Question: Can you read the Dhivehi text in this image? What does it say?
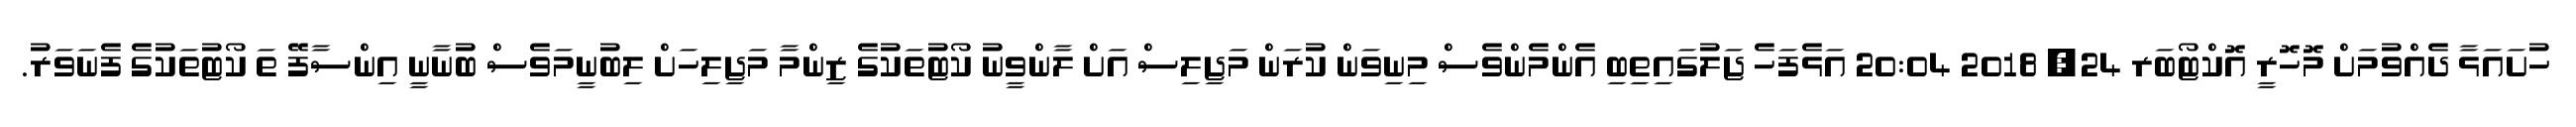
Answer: ހުށައަޅާ ދެއްވުމަށް މޮހޮރީ އޮކްޓޯބަރ 24, 2018 20:04 އަޅެފަހެ ޖަލުގައިތިބި އެންމެންވެސް މިނިވަން ކުރަން މަޖިލިސް އަށް ލާންވީނު ކޯޓުތަކުގެ ޒިންމާ މަޖިލިހަށް ލިބުނީމަވެސް ބުނާނީ އިންސާފޭ ތަ ކޯޓުތަކުގެ ފެނަވަރު.